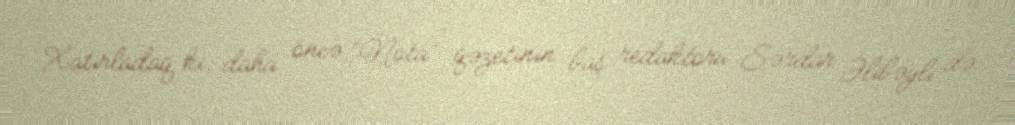
Xatırladaq ki, daha öncə “Nota” qəzetinin baş redaktoru Sərdar Əlibəyli də